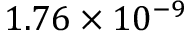
1 . 7 6 \times 1 0 ^ { - 9 }